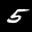
Label: 5